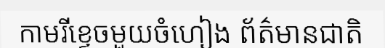
កាមរីខ្ទេចមួយចំហៀង ព័ត៌មានជាតិ